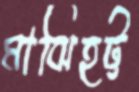
মাঝিহট্ট